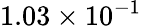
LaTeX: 1.03\times 10^{-1}